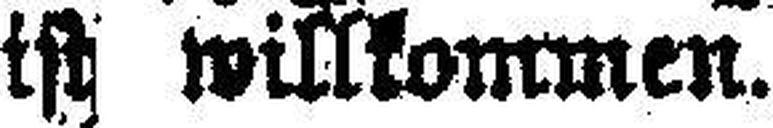
ist willkommen.